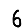
Digit: 6